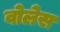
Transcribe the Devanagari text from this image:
वोलेस